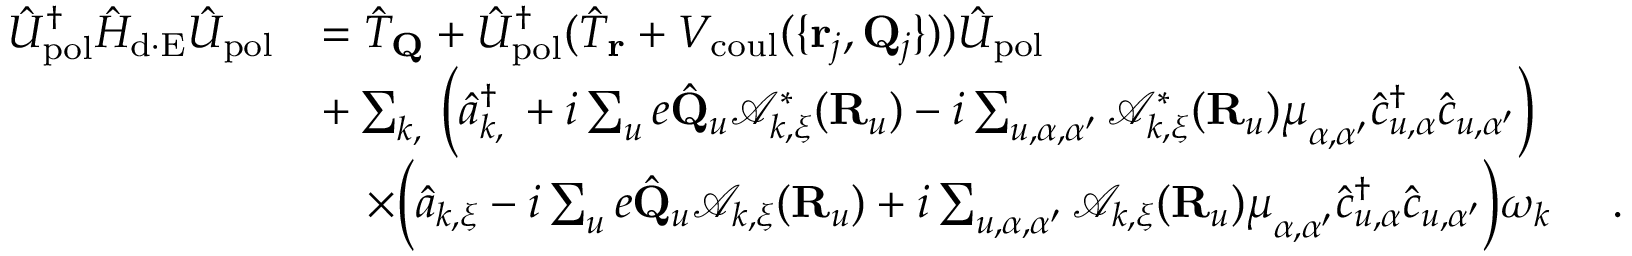
\begin{array} { r l } { \hat { U } _ { \mathrm { p o l } } ^ { \dagger } \hat { H } _ { \mathrm { d \cdot E } } \hat { U } _ { \mathrm { p o l } } } & { = \hat { T } _ { \bf Q } + \hat { U } _ { \mathrm { p o l } } ^ { \dagger } ( \hat { T } _ { \bf r } + V _ { \mathrm { c o u l } } ( \{ { { \bf r } _ { j } , { \bf Q } _ { j } } \} ) ) \hat { U } _ { \mathrm { p o l } } } \\ & { + \sum _ { { \boldsymbol k } , { \bf \xi } } \Big ( \hat { a } _ { { \boldsymbol k } , { \bf \xi } } ^ { \dagger } + i \sum _ { u } e \hat { \bf Q } _ { u } \mathcal { A } _ { { \boldsymbol k } , { \boldsymbol \xi } } ^ { * } ( { \bf R } _ { u } ) - i \sum _ { u , \alpha , \alpha ^ { \prime } } \mathcal { A } _ { { \boldsymbol k } , { \boldsymbol \xi } } ^ { * } ( { \bf R } _ { u } ) { \boldsymbol \mu } _ { \alpha , \alpha ^ { \prime } } \hat { c } _ { u , \alpha } ^ { \dagger } \hat { c } _ { u , \alpha ^ { \prime } } \Big ) } \\ & { ~ ~ ~ \times \Big ( \hat { a } _ { { \boldsymbol k } , { \boldsymbol { \xi } } } - i \sum _ { u } e \hat { \bf Q } _ { u } \mathcal { A } _ { { \boldsymbol k } , { \boldsymbol \xi } } ( { \bf R } _ { u } ) + i \sum _ { u , \alpha , \alpha ^ { \prime } } \mathcal { A } _ { { \boldsymbol k } , { \boldsymbol \xi } } ( { \bf R } _ { u } ) { \boldsymbol \mu } _ { \alpha , \alpha ^ { \prime } } \hat { c } _ { u , \alpha } ^ { \dagger } \hat { c } _ { u , \alpha ^ { \prime } } \Big ) \omega _ { \boldsymbol k } ~ ~ ~ ~ . } \end{array}